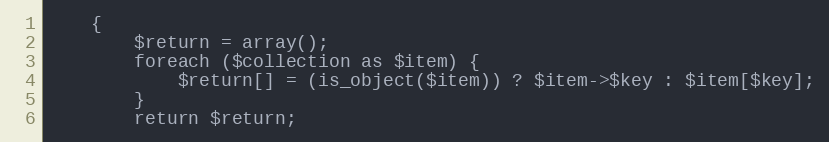
Language: PHP
    {
        $return = array();
        foreach ($collection as $item) {
            $return[] = (is_object($item)) ? $item->$key : $item[$key];
        }
        return $return;